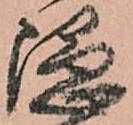
隠